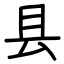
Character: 县